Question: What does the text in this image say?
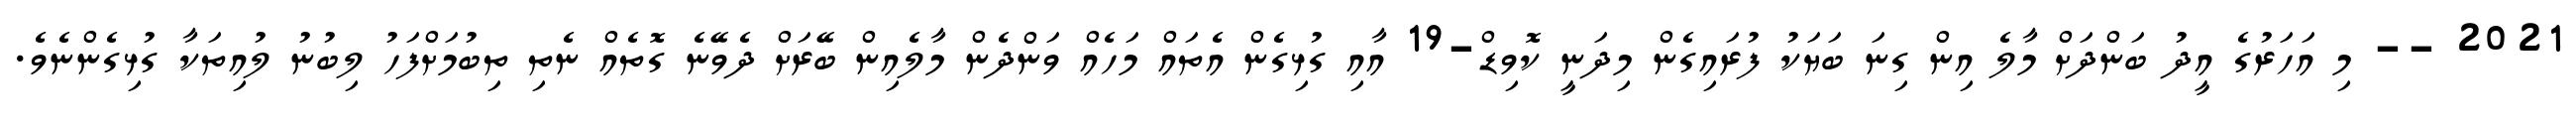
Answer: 2021 -- މި އަހަރުގެ އީދު ބަންދަށް މާލެ އިން ގިނަ ބަޔަކު ފުރައިގެން މިދަނީ ކޮވިޑް-19 އާއި ގުޅިގެން އެތައް މަހެއް ވަންދެން މާލެއިން ބޭރަށް ދެވޭނެ ގޮތެއް ނެތި ތިބުމަށްފަހު ލިބުނު ލުއިތަކާ ގުޅިގެންނެވެ.